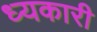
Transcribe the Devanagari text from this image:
ध्यकारी